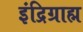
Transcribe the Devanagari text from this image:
इंद्रिग्राह्म